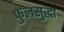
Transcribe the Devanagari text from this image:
फुलसुद्धा